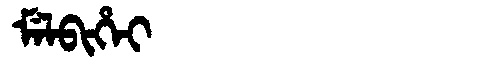
Manchu: ᠮᡝᠯᠪᡳᡥᡝᡳ
Romanization: MELBIHEI